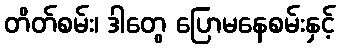
တိတ်စမ်း၊ ဒါတွေ ပြောမနေစမ်းနှင့်